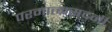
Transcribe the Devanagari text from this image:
परमात्मसदनी